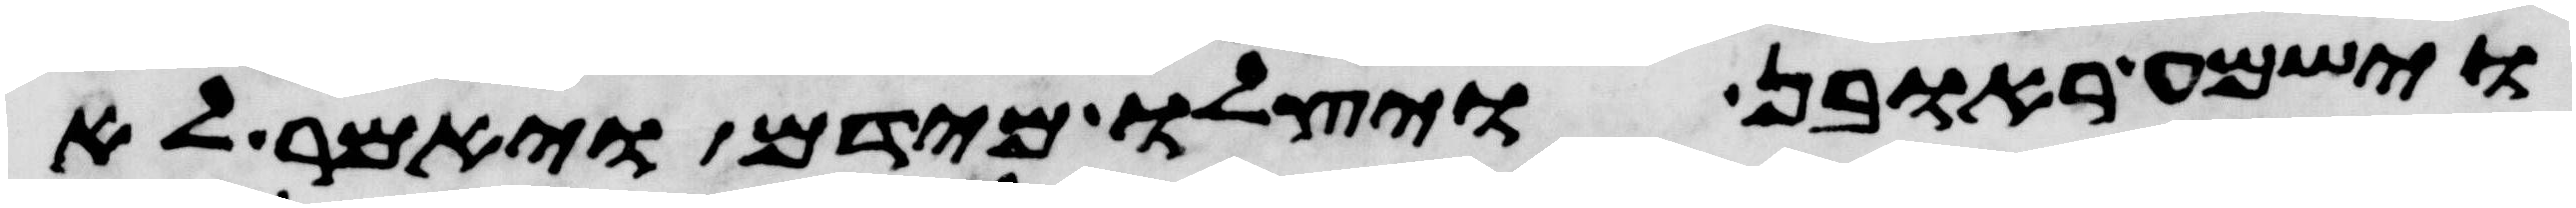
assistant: וישמע ראובן ויצלו מידם ויאמר לא